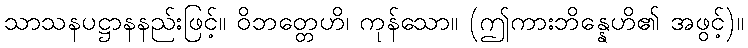
သာသနပဋ္ဌာနနည်းဖြင့်။ ဝိဘတ္တေဟိ၊ ကုန်သော။ (ဤကားဘိန္နေဟိ၏ အဖွင့်)။